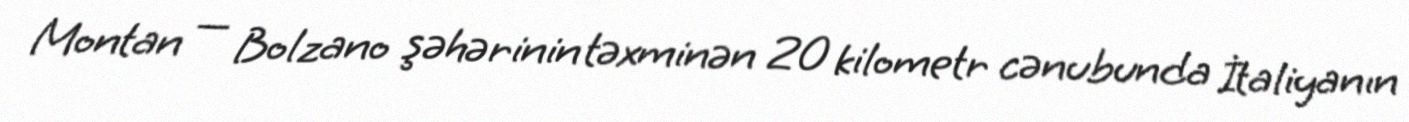
Montan — Bolzano şəhərinin təxminən 20 kilometr cənubunda İtaliyanın